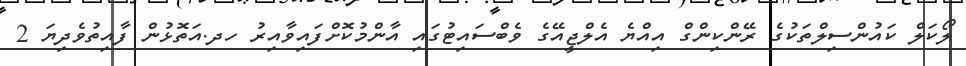
ލޯކަލް ކައުންސިލްތަކުގެ ރޭންކިންގް އިއްޔެ އެލްޖީއޭގެ ވެބްސައިޓުގައި އާންމުކޮށްފައިވާއިރު ހދ.އަތޮޅުން ފާއިތުވެދިޔަ 2